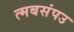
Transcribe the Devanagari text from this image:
त्मबसंपउ